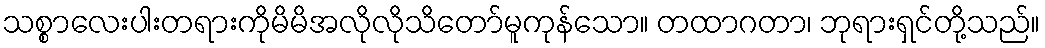
သစ္စာလေးပါးတရားကိုမိမိအလိုလိုသိတော်မူကုန်သော။ တထာဂတာ၊ ဘုရားရှင်တို့သည်။